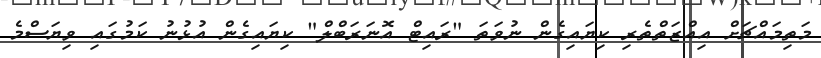
މަތިމައްޗަށް އިއްޒަތްތެރި ކިޔައިގެން ނުވަތަ "ރައިޓް އޮނަރަބްލް" ކިޔައިގެން އުޅުނު ކަމުގައި ވިޔަސްމެ